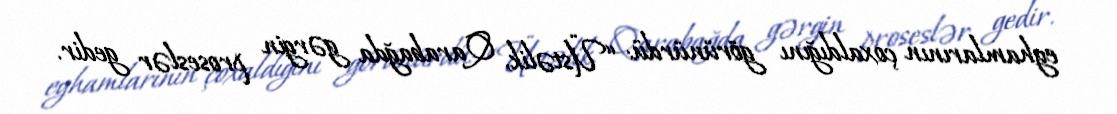
eyhamlarının çoxaldığını görünürdü: “Üstəlik, Qarabağda gərgin proseslər gedir.